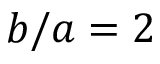
b / a = 2